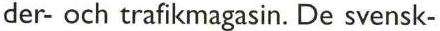
der- och trafikmagasin. De svensk-